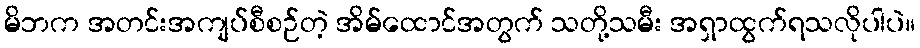
မိဘက အတင်းအကျပ်စီစဉ်တဲ့ အိမ်ထောင်အတွက် သတို့သမီး အရှာထွက်ရသလိုပါပဲ။